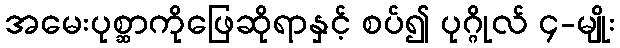
အမေးပုစ္ဆာကိုဖြေဆိုရာနှင့် စပ်၍ ပုဂ္ဂိုလ် ၄-မျိုး